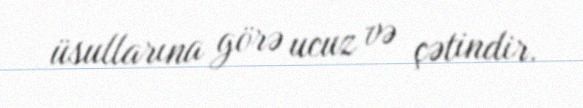
üsullarına görə ucuz və çətindir.